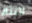
اتيتم